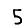
Digit: 5